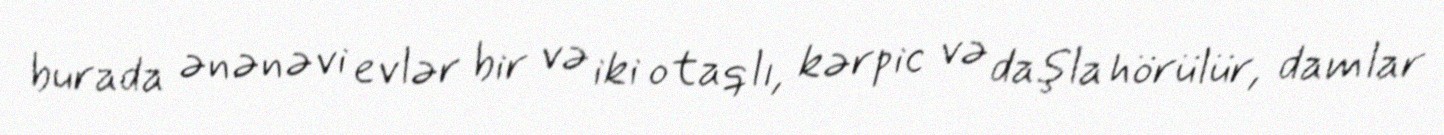
burada ənənəvi evlər bir və iki otaqlı, kərpic və daşla hörülür, damlar